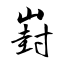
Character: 崶